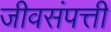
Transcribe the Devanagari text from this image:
जीवसंपत्ती